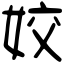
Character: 姣